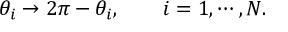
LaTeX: \theta _ { i } \rightarrow 2 \pi - \theta _ { i } , \qquad i = 1 , \cdots , N .